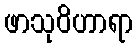
ဖာသုဝိဟာရာ